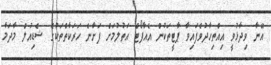
އޭނާ ވިދާޅުވީ އިއްތިހާދުވެފައިވާ ޕާޓީތަކުން އެއާޕޯޓް އަތުލުމަށް ފަށާނެ ހަރަކާތްތަކުގެ ޝެޑިއުލް މާދަމާ